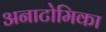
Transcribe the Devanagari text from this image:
अनाटोमिका